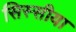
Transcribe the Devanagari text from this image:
सिस्सीया